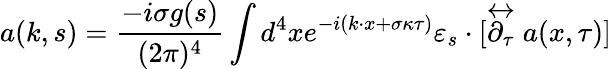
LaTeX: a(k,s)=\frac{-i\sigma g(s)}{(2\pi)^{4}}\int d^{4}xe^{-i(k\cdot x+\sigma\kappa\tau)}\varepsilon_{s}\cdot[\stackrel{\leftrightarrow}{\partial_{\tau}}a(x,\tau)]